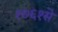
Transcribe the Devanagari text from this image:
१७६१से